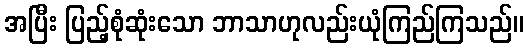
အပြီး ပြည့်စုံဆုံးသော ဘာသာဟုလည်းယုံကြည်ကြသည်။